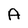
Character: A